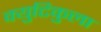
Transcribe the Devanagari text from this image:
क्युटिकुला